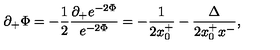
\partial _ { + } \Phi = - { \frac { 1 } { 2 } } \frac { \partial _ { + } e ^ { - 2 \Phi } } { e ^ { - 2 \Phi } } = - { \frac { 1 } { 2 x _ { 0 } ^ { + } } } - \frac { \Delta } { 2 x _ { 0 } ^ { + } x ^ { - } } ,